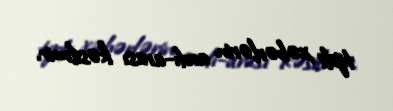
tipli xəbərlərin ardı-arası kəsilmir.